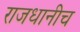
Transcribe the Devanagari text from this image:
राजधानीच